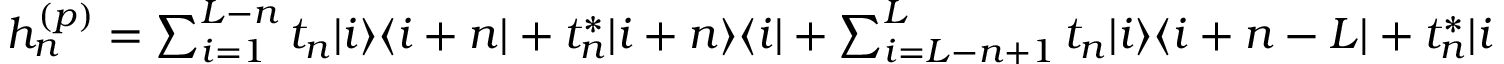
\begin{array} { r } { h _ { n } ^ { ( p ) } = \sum _ { i = 1 } ^ { L - n } t _ { n } | i \rangle \langle i + n | + t _ { n } ^ { \ast } | i + n \rangle \langle i | + \sum _ { i = L - n + 1 } ^ { L } t _ { n } | i \rangle \langle i + n - L | + t _ { n } ^ { \ast } | i + n - L \rangle \langle i | . } \end{array}